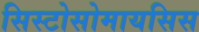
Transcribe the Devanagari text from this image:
सिस्टोसोमायसिस